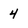
Character: 4